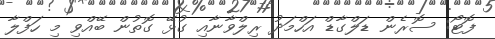
ފޮޓޯ: ސޮރެން ޑަލްގާޑް އަހްމަދު ރިލްވާނާއި ގުޅޭ ގޮތުން ބޭއްވި މި ހަފްލާ